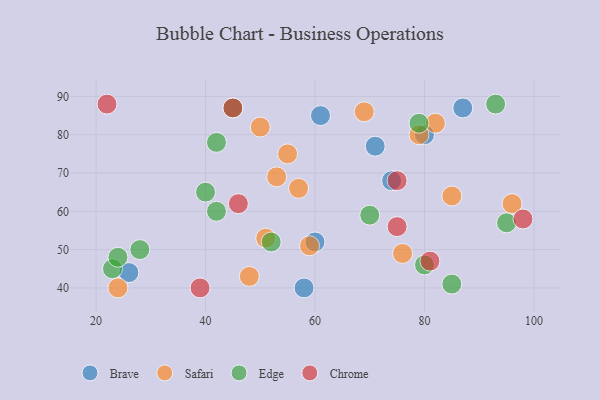
{"axis": {"x": "GDP", "y": "Life Expectancy"}, "legend": ["Brave", "Chrome", "Edge", "Safari"], "data": [{"x": "60", "y": 52, "type": "Brave"}, {"x": "71", "y": 77, "type": "Brave"}, {"x": "74", "y": 68, "type": "Brave"}, {"x": "61", "y": 85, "type": "Brave"}, {"x": "87", "y": 87, "type": "Brave"}, {"x": "26", "y": 44, "type": "Brave"}, {"x": "80", "y": 80, "type": "Brave"}, {"x": "58", "y": 40, "type": "Brave"}, {"x": "53", "y": 69, "type": "Safari"}, {"x": "57", "y": 66, "type": "Safari"}, {"x": "50", "y": 82, "type": "Safari"}, {"x": "76", "y": 49, "type": "Safari"}, {"x": "51", "y": 53, "type": "Safari"}, {"x": "55", "y": 75, "type": "Safari"}, {"x": "48", "y": 43, "type": "Safari"}, {"x": "24", "y": 40, "type": "Safari"}, {"x": "96", "y": 62, "type": "Safari"}, {"x": "85", "y": 64, "type": "Safari"}, {"x": "69", "y": 86, "type": "Safari"}, {"x": "82", "y": 83, "type": "Safari"}, {"x": "59", "y": 51, "type": "Safari"}, {"x": "79", "y": 80, "type": "Safari"}, {"x": "28", "y": 50, "type": "Edge"}, {"x": "42", "y": 78, "type": "Edge"}, {"x": "95", "y": 57, "type": "Edge"}, {"x": "79", "y": 83, "type": "Edge"}, {"x": "23", "y": 45, "type": "Edge"}, {"x": "85", "y": 41, "type": "Edge"}, {"x": "24", "y": 48, "type": "Edge"}, {"x": "45", "y": 87, "type": "Edge"}, {"x": "70", "y": 59, "type": "Edge"}, {"x": "42", "y": 60, "type": "Edge"}, {"x": "80", "y": 46, "type": "Edge"}, {"x": "93", "y": 88, "type": "Edge"}, {"x": "40", "y": 65, "type": "Edge"}, {"x": "52", "y": 52, "type": "Edge"}, {"x": "81", "y": 47, "type": "Chrome"}, {"x": "75", "y": 56, "type": "Chrome"}, {"x": "39", "y": 40, "type": "Chrome"}, {"x": "22", "y": 88, "type": "Chrome"}, {"x": "75", "y": 68, "type": "Chrome"}, {"x": "46", "y": 62, "type": "Chrome"}, {"x": "98", "y": 58, "type": "Chrome"}, {"x": "45", "y": 87, "type": "Chrome"}]}